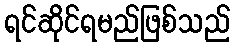
ရင်ဆိုင်ရမည်ဖြစ်သည်